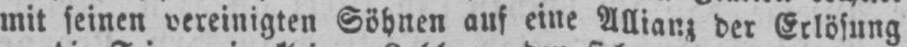
mit seinen vereinigten Söhnen auf eine Allianz der Erlösung